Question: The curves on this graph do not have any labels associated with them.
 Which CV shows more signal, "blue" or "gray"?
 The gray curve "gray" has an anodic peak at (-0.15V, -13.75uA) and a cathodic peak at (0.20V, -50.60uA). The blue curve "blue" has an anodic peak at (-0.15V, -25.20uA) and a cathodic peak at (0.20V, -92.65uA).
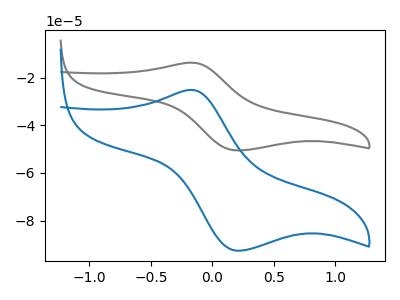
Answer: <think>All the peaks in "blue" have a peak in "gray" at the same potential.
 </think>
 <answer>I cant tell if "blue" or "gray" has more signal.</answer>
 <eval>mixed_signal</eval>